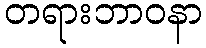
တရားဘာဝနာ